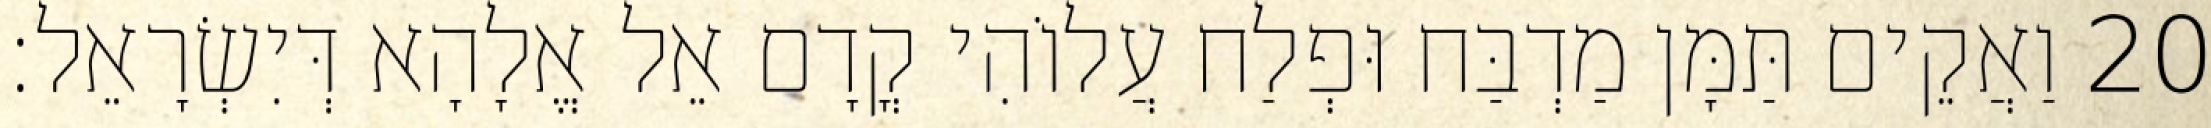
20 וַאֲקֵים תַּמָּן מַדְבַּח וּפְלַח עֲלוֹהִי קֳדָם אֵל אֱלָהָא דְּיִשְׂרָאֵל׃